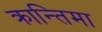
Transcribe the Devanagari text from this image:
क्रान्तिमा